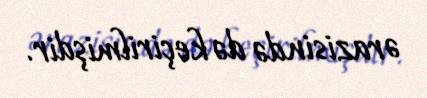
ərazisində də keçirilmişdir.